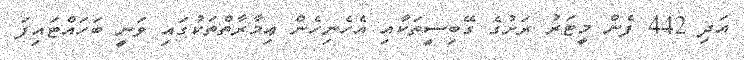
އަދި 442 ފެން މީޓަރު ރަށުގެ ގޭބިސީތަކާއި އެހެނިހެން ޢިމާރާތްތަކުގައި ވަނީ ބަހައްޓައިފަ